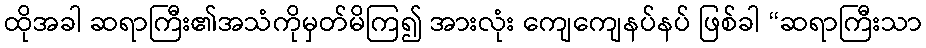
ထိုအခါ ဆရာကြီး၏အသံကိုမှတ်မိကြ၍ အားလုံး ကျေကျေနပ်နပ် ဖြစ်ခါ “ဆရာကြီးသာ